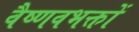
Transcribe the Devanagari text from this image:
वैष्णवभक्तों